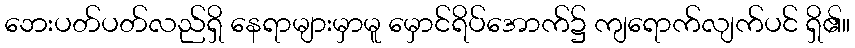
ဘေးပတ်ပတ်လည်ရှိ နေရာများမှာမူ မှောင်ရိပ်အောက်၌ ကျရောက်လျက်ပင် ရှိ၏။